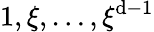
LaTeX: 1,\xi,\dots,\xi^{\mathrm{d}-1}